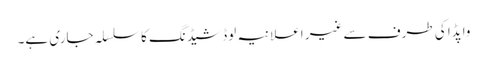
واپڈا کی طرف سے غیر اعلانیہ لوڈ شیڈنگ کا سلسلہ جاری ہے۔